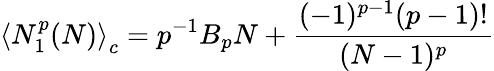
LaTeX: \left\langle N_{1}^{p}(N)\right\rangle_{c}=p^{-1}B_{p}N+\frac{(-1)^{p-1}(p-1)!}{(N-1)^{p}}